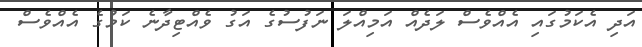
އަދި އެކަމުގައި އެއްވެސް ލަދެއް އަމިއްލަ ނަފުސުގެ އަގު ވެއްޓިދާނެ ކަމުގެ އެއްވެސް